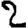
Digit: 2